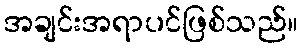
အချင်းအရာပင်ဖြစ်သည်။